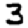
Digit: 3